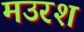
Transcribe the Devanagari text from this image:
मउरश